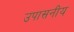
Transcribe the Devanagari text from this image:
उपासनीय